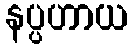
နပ္ပဟာယ